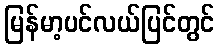
မြန်မာ့ပင်လယ်ပြင်တွင်